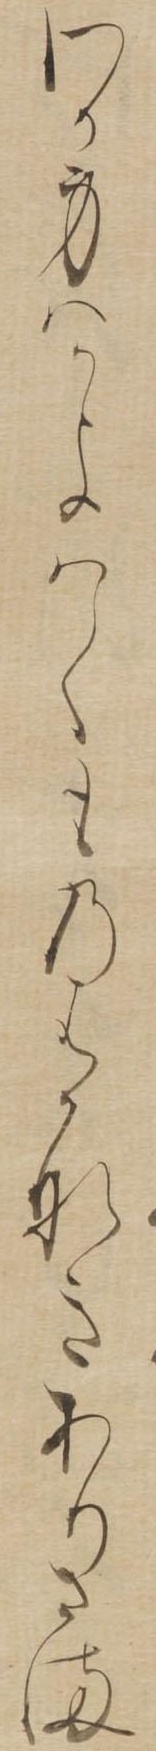
わか身はかよはくものはかなきありさま